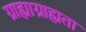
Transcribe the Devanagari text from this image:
ग्राह्याग्राह्यता